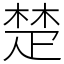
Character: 楚